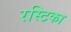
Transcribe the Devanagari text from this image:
रस्टिका